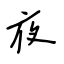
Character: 夜